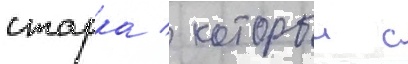
старка / которыи с